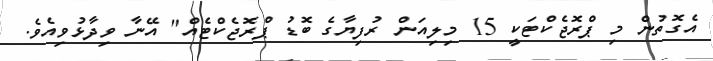
އެގޮތުން މި ޕްރޮޖެކްޓަކީ 15 މިލިއަން ރުފިޔާގެ ބޮޑު ޕްރޮޖެކްޓެއް" އޭނާ ވިދާޅުވިއެވެ.